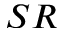
_ { S R }